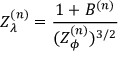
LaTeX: Z _ { \lambda } ^ { ( n ) } = \frac { 1 + B ^ { ( n ) } } { ( Z _ { \phi } ^ { ( n ) } ) ^ { 3 / 2 } }